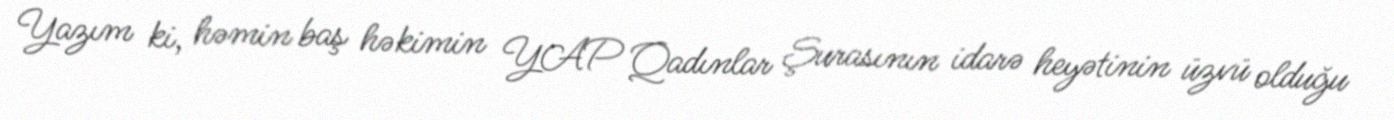
Yazım ki, həmin baş həkimin YAP Qadınlar Şurasının idarə heyətinin üzvü olduğu